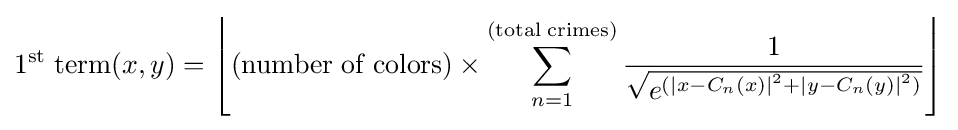
1^{\mathrm {st} }\mathrm {\;term} (x,y)=\left\lfloor (\mathrm {number\;of\;colors} )\times \sum _{n=1}^{(\mathrm {total\;crimes} )}{\frac {1}{\sqrt {e^{({|x-C_{n}(x)|}^{2}+{|y-C_{n}(y)|}^{2})}}}}\right\rfloor